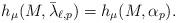
LaTeX: \begin{align*}h_{\mu}(M,\bar{\lambda}_{\ell,p})=h_{\mu}(M,{\bold\alpha}_{p}).\end{align*}